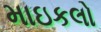
માઇકલો